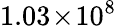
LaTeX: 1.03\! \times\! 10^{8}